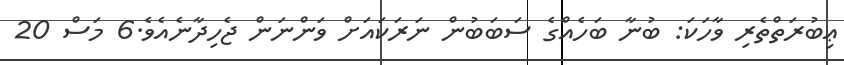
ޢިބުރަތްތެރި ވާހަކަ: ބުނާ ބަހެއްގެ ސަބަބުން ނަރަކައަށް ވަންނަން ޖެހިދާނެއެވެ.6 މަސް 20